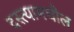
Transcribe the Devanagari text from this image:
दस्त्यामधील